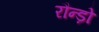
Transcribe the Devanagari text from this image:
रौन्ड़ो